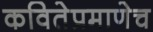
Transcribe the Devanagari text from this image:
कवितेप्रमाणेच